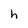
Character: h